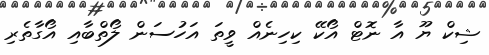
ޝިކް ޔޫ އާ ނޮޓް އޯކޭ ކިހިނެއް ވީތަ އަހުސަން ލޯތްބާއި އޯގާތެރި